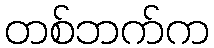
တစ်ဘက်က